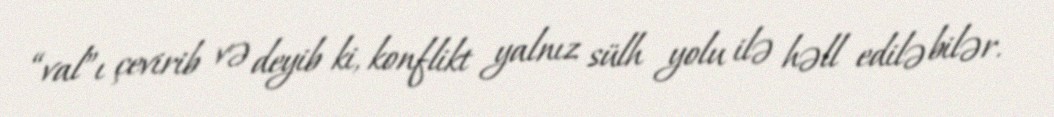
“val”ı çevirib və deyib ki, konflikt yalnız sülh yolu ilə həll edilə bilər.